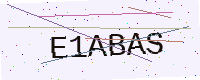
Text: E1ABAS